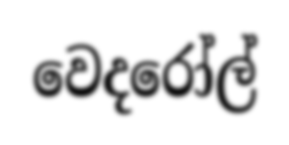
වෙදරෝල්